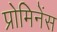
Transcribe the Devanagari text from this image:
प्रोमिनेंस